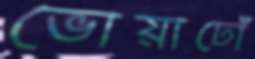
ভোয়াঢোঁ